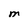
Character: M